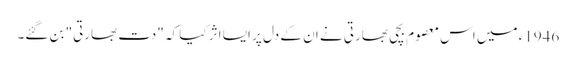
1946ء میں اس معصوم بچی بھارتی نے ان کے دل پر ایسا اثر کیا کہ "دت بھارتی" بن گئے۔